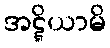
အဋ္ဋိယာမိ